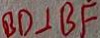
B D \bot B F